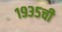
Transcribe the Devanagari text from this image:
१९३५ची